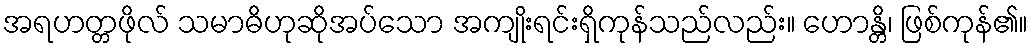
အရဟတ္တဖိုလ် သမာဓိဟုဆိုအပ်သော အကျိုးရင်းရှိကုန်သည်လည်း။ ဟောန္တိ၊ ဖြစ်ကုန်၏။